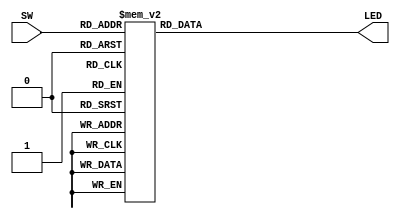
module LEDnumb(output reg [6:0]LED, input [3:0]SW);
   parameter n0 = ~7'b011_1111;
   parameter n1 = ~7'b000_0110;
   parameter n2 = ~7'b101_1011;
   parameter n3 = ~7'b100_1111;
   parameter n4 = ~7'b110_0110;
   parameter n5 = ~7'b110_1101;
   parameter n6 = ~7'b111_1101;
   parameter n7 = ~7'b000_0111;
   parameter n8 = ~7'b111_1111;
   parameter n9 = ~7'b110_0111;
   
   parameter na = ~7'b111_0111;
   parameter nb = ~7'b111_1100;
   parameter nc = ~7'b011_1001;
   parameter nd = ~7'b101_1110;
   parameter ne = ~7'b111_1001;
   parameter nf = ~7'b111_0001;
   parameter nx = ~7'b000_0000;
   
   always @ (SW)
      begin
         case(SW)
            0: LED = n0;
            1: LED = n1;
            2: LED = n2;
            3: LED = n3;
            4: LED = n4;
            5: LED = n5;
            6: LED = n6;
            7: LED = n7;
            8: LED = n8;
            9: LED = n9;
            10: LED = na;
            11: LED = nb;
            12: LED = nc;
            13: LED = nd;
            14: LED = ne;
            15: LED = nf;
            default : LED = nx;
         endcase
      end
endmodule